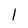
Character: 1